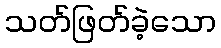
သတ်ဖြတ်ခဲ့သော